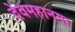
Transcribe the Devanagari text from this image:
देवमहानगर